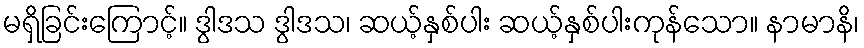
မရှိခြင်းကြောင့်။ ဒွါဒသ ဒွါဒသ၊ ဆယ့်နှစ်ပါး ဆယ့်နှစ်ပါးကုန်သော။ နာမာနိ၊